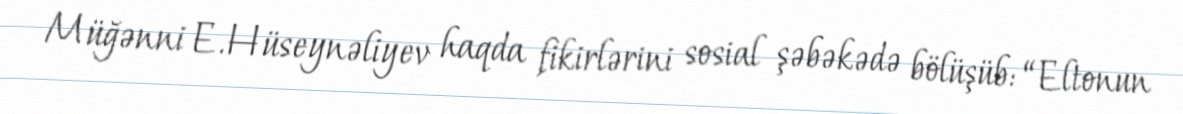
Müğənni E.Hüseynəliyev haqda fikirlərini sosial şəbəkədə bölüşüb: “Eltonun